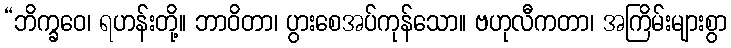
“ဘိက္ခဝေ၊ ရဟန်းတို့။ ဘာဝိတာ၊ ပွားစေအပ်ကုန်သော။ ဗဟုလီကတာ၊ အကြိမ်းများစွာ